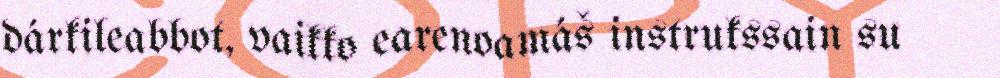
dárkileabbot, vaikko earenoamáš instrukssain su